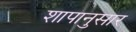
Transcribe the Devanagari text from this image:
शापानुसार